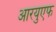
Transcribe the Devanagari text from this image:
आरयुएफ